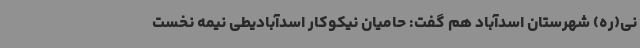
نی(ره) شهرستان اسدآباد هم گفت: حامیان نیکوکار اسدآبادیطی نیمه نخست